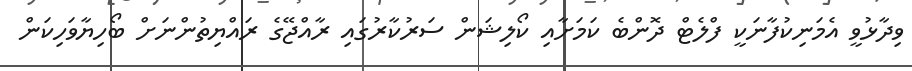
ވިދާޅުވީ އެމަނިކުފާނަކީ ފްލެޓް ދޮންބެ ކަމަށާއި ކޯލިޝަން ސަރުކާރުގައި ރާއްޖޭގެ ރައްޔިތުންނަށް ބޯހިޔާވަހިކަން